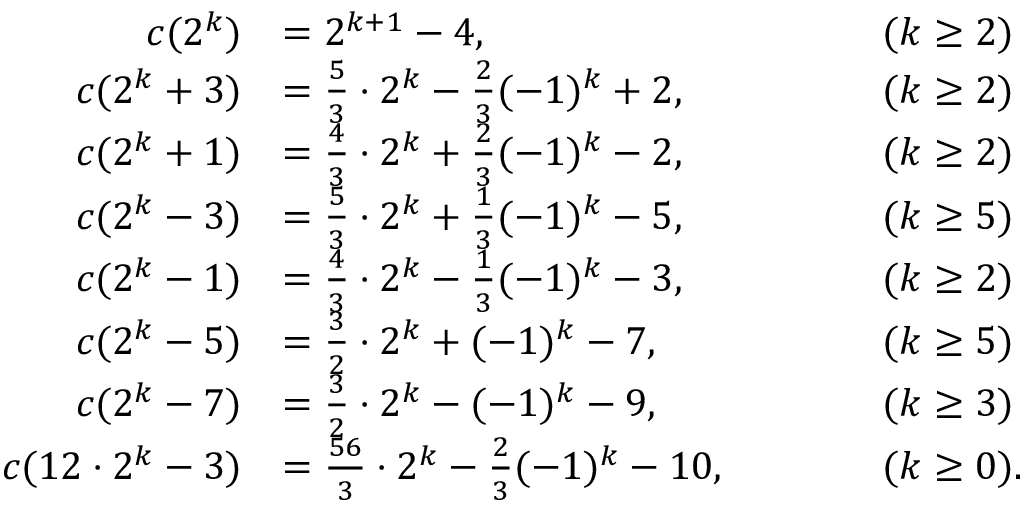
\begin{array} { r l r l } { c ( 2 ^ { k } ) } & { = 2 ^ { k + 1 } - 4 , } & & { \quad \quad ( k \geq 2 ) } \\ { c ( 2 ^ { k } + 3 ) } & { = { \frac { 5 } { 3 } } \cdot 2 ^ { k } - { \frac { 2 } { 3 } } ( - 1 ) ^ { k } + 2 , } & & { \quad \quad ( k \geq 2 ) } \\ { c ( 2 ^ { k } + 1 ) } & { = { \frac { 4 } { 3 } } \cdot 2 ^ { k } + { \frac { 2 } { 3 } } ( - 1 ) ^ { k } - 2 , } & & { \quad \quad ( k \geq 2 ) } \\ { c ( 2 ^ { k } - 3 ) } & { = { \frac { 5 } { 3 } } \cdot 2 ^ { k } + { \frac { 1 } { 3 } } ( - 1 ) ^ { k } - 5 , } & & { \quad \quad ( k \geq 5 ) } \\ { c ( 2 ^ { k } - 1 ) } & { = { \frac { 4 } { 3 } } \cdot 2 ^ { k } - { \frac { 1 } { 3 } } ( - 1 ) ^ { k } - 3 , } & & { \quad \quad ( k \geq 2 ) } \\ { c ( 2 ^ { k } - 5 ) } & { = { \frac { 3 } { 2 } } \cdot 2 ^ { k } + ( - 1 ) ^ { k } - 7 , } & & { \quad \quad ( k \geq 5 ) } \\ { c ( 2 ^ { k } - 7 ) } & { = { \frac { 3 } { 2 } } \cdot 2 ^ { k } - ( - 1 ) ^ { k } - 9 , } & & { \quad \quad ( k \geq 3 ) } \\ { c ( 1 2 \cdot 2 ^ { k } - 3 ) } & { = { \frac { 5 6 } { 3 } } \cdot 2 ^ { k } - { \frac { 2 } { 3 } } ( - 1 ) ^ { k } - 1 0 , } & & { \quad \quad ( k \geq 0 ) . } \end{array}